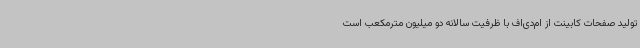
تولید صفحات کابینت از ام‌دی‌اف با ظرفیت سالانه دو میلیون مترمکعب است